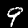
Digit: 9